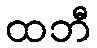
ထဘီ